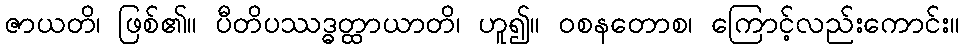
ဇာယတိ၊ ဖြစ်၏။ ပီတိပဿဒ္ဓတ္ထာယာတိ၊ ဟူ၍။ ဝစနတောစ၊ ကြောင့်လည်းကောင်း။